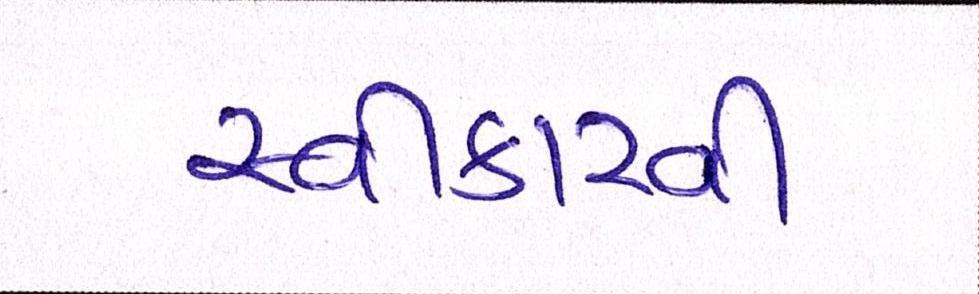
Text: સ્વીકારવી